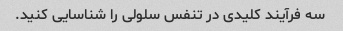
سه فرآیند کلیدی در تنفس سلولی را شناسایی کنید.